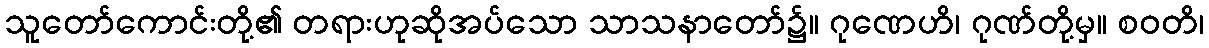
သူတော်ကောင်းတို့၏ တရားဟုဆိုအပ်သော သာသနာတော်၌။ ဂုဏေဟိ၊ ဂုဏ်တို့မှ။ စဝတိ၊